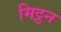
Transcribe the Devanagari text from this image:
मिट्ठन